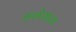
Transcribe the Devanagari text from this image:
स्न्तोशाला